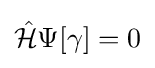
{\hat {\mathcal {H}}}\Psi [\gamma ]=0